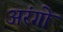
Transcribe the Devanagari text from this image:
अरंगो